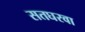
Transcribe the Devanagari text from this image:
सतघरवा